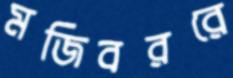
মজিবররে